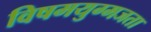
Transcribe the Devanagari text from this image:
विषमयुग्मजता